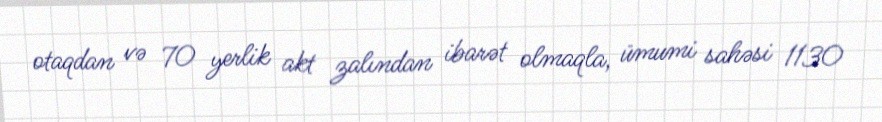
otaqdan və 70 yerlik akt zalından ibarət olmaqla, ümumi sahəsi 1130